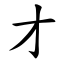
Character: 才